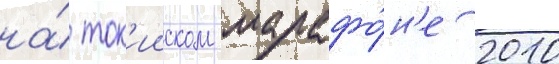
на́ ток'ииском марафо́н'е 2010